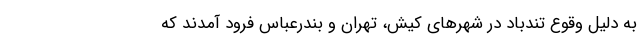
به دلیل وقوع تندباد در شهرهای کیش، تهران و بندرعباس فرود آمدند که